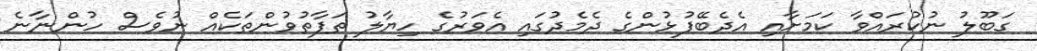
ގަބޫލު ނުކުރައްވާ ކަމަށާއި އެދެބޭފުޅުންގެ ދެމެދުގައި އެވަރުގެ ހިޔާލު ތަފާތުވުންތަކެއް ނުވެސް ހުންނާނެ